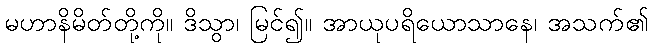
မဟာနိမိတ်တို့ကို။ ဒိသွာ၊ မြင်၍။ အာယုပရိယောသာနေ၊ အသက်၏